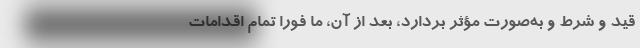
قید و شرط و به‌صورت مؤثر بردارد، بعد از آن، ما فوراً تمام اقدامات